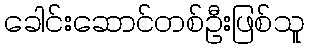
ခေါင်းဆောင်တစ်ဦးဖြစ်သူ